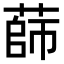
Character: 蒒